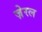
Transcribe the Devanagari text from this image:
ज़ेरल